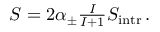
\begin{array} { r } { S = 2 \alpha _ { \pm } \frac { I } { I + 1 } S _ { \mathrm { { i n t r } } } \, . } \end{array}